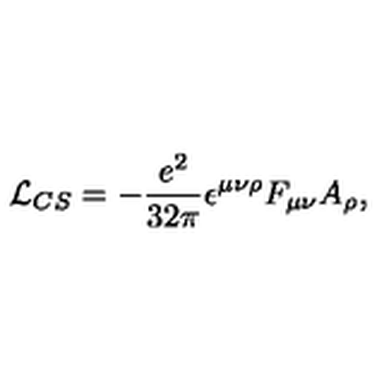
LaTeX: { \cal L } _ { C S } = - \frac { e ^ { 2 } } { 3 2 \pi } \epsilon ^ { \mu \nu \rho } F _ { \mu \nu } A _ { \rho } ,